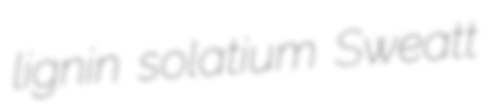
lignin solatium Sweatt